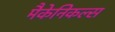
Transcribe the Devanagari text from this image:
मैकेनिकल्स